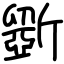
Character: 斵